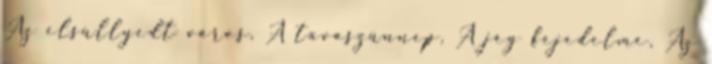
Az elsüllyedt város, A tavaszünnep, A jég fejedelme, Az